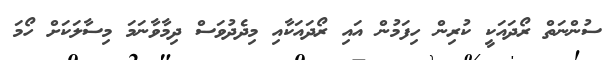
ސުންނަތް ރޯދައަކީ ކުރިން ހިފަމުން އައި ރޯދައަކާއި މިދެދުވަސް ދިމާވާނަމަ މިސާލަކަށް ހޯމަ